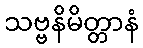
သဗ္ဗနိမိတ္တာနံ